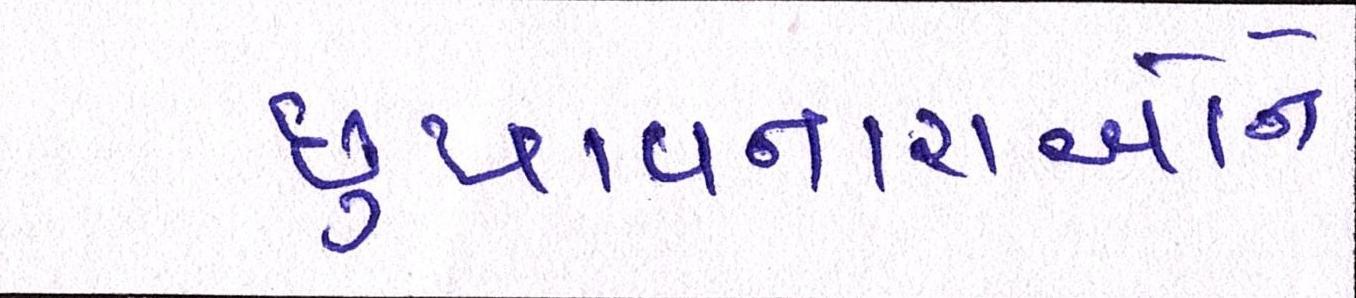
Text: છુપાવનારાઓને